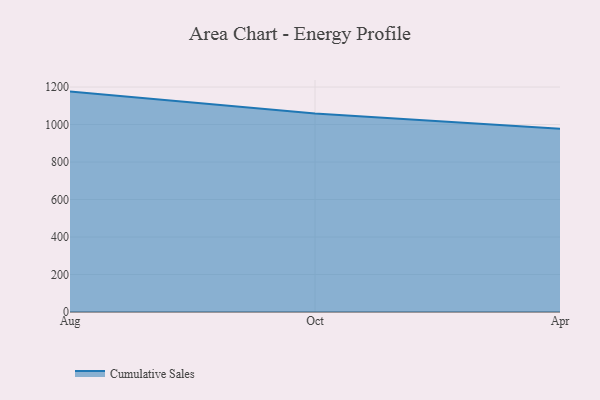
{"axis": {"x": "Month", "y": "Production Output"}, "legend": ["Cumulative Sales"], "data": [{"x": "Aug", "y": 1175.7, "type": "Cumulative Sales"}, {"x": "Oct", "y": 1058.4, "type": "Cumulative Sales"}, {"x": "Apr", "y": 977.4, "type": "Cumulative Sales"}]}